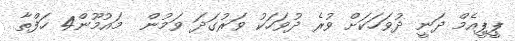
ޕީޕީއެމް ދަނީ ދުވަހަކަށް ވުރެ ދުވަހަކު ވަރުގަދަ ވަމުން  މައުމޫން4 ހަފްތާ